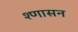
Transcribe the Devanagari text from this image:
श्णासन